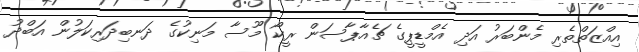
އިއްޒަތްތެރި މެންބަރު އަދި އެމްޑީޕީގެ ޗެއާޕާސަން ރީކޯ މޫސާ މަނިކުގެ ދަނބިދަރިކަލުން އަބްދު